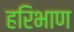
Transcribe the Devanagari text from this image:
हरिभाण